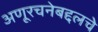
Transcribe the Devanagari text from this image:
अणूरचनेबद्दलचे